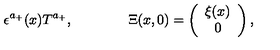
\epsilon ^ { a _ { + } } ( x ) T ^ { a _ { + } } , \qquad \qquad \Xi ( x , 0 ) = \left( \begin{array} { c } { \xi ( x ) } \\ { 0 } \\ \end{array} \right) ,